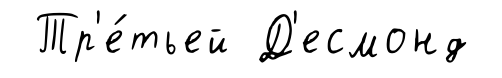
Тр'е́тьей Д'есмонд